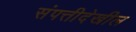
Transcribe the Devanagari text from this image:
संपत्तीदेखील